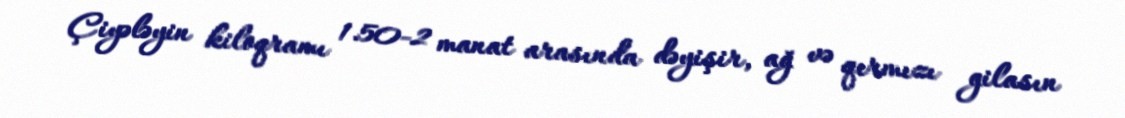
Çiyələyin kiloqramı 1.50-2 manat arasında dəyişir, ağ və qırmızı gilasın